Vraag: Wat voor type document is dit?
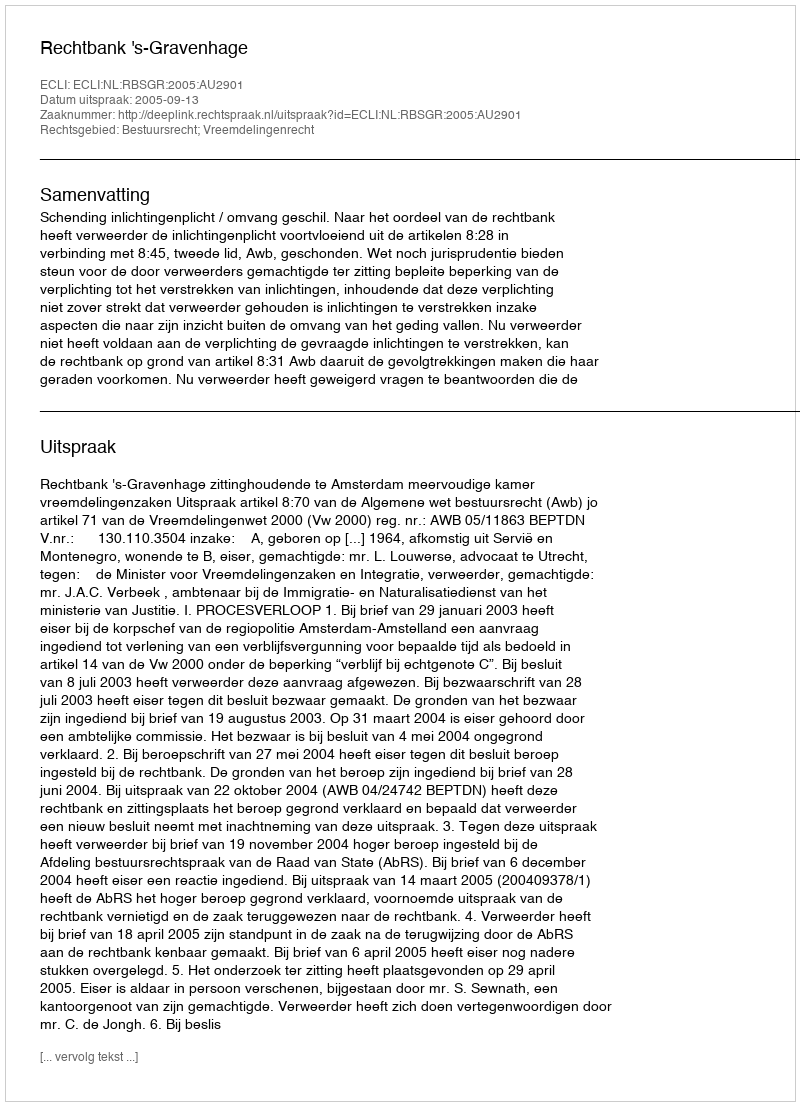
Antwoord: Uitspraak